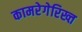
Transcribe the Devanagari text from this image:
कामरेगेरिख्त